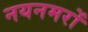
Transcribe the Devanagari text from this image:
नयनमरों